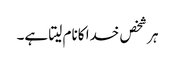
ہر شخص خدا کانام لیتا ہے۔